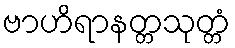
ဗာဟိရာနတ္တသုတ္တံ